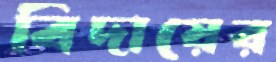
বিদায়ের